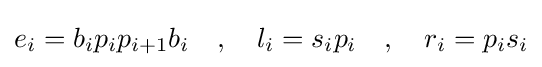
e_{i}=b_{i}p_{i}p_{i+1}b_{i}\quad ,\quad l_{i}=s_{i}p_{i}\quad ,\quad r_{i}=p_{i}s_{i}